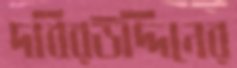
দবিরউদ্দিনের